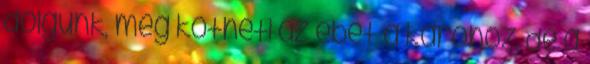
dolgunk, még kötheti az ebet a karóhoz, de a